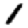
Digit: 1